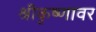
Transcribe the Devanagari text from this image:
श्रीकृष्णावर